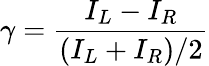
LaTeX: \gamma=\frac{I_{L}-I_{R}}{(I_{L}+I_{R})/2}